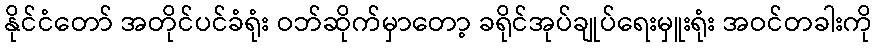
နိုင်ငံတော် အတိုင်ပင်ခံရုံး ဝဘ်ဆိုက်မှာတော့ ခရိုင်အုပ်ချုပ်ရေးမှူးရုံး အဝင်တခါးကို